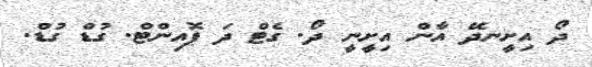
ދޯ އިށީނދޭ އާން އިށީނީ ދޯ. ގެޓް ދަ ޕޮއިންޓް. ގުޑް ގުޑް.